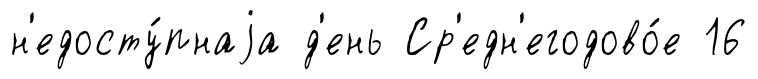
н'едосту́пнаjа д'ень Ср'едн'егодово́е 16